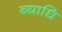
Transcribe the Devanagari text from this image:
ब्‍याधि